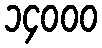
၁၄၀၀၀